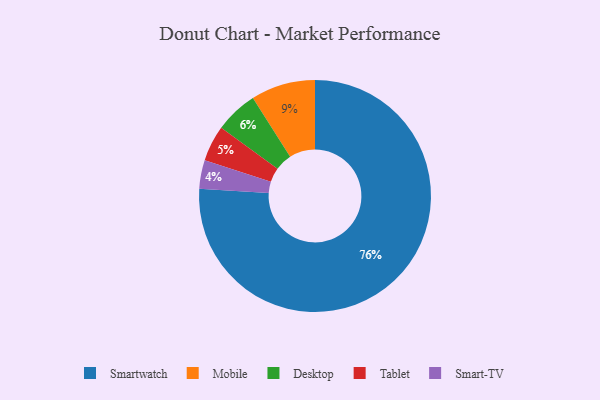
{"axis": {"x": "Category", "y": "Percentage"}, "legend": ["Desktop", "Mobile", "Smart-TV", "Smartwatch", "Tablet"], "data": [{"x": "Mobile", "y": 9, "type": "Mobile"}, {"x": "Desktop", "y": 6, "type": "Desktop"}, {"x": "Smartwatch", "y": 76, "type": "Smartwatch"}, {"x": "Tablet", "y": 5, "type": "Tablet"}, {"x": "Smart-TV", "y": 4, "type": "Smart-TV"}]}